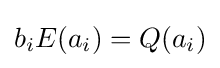
b_{i}E(a_{i})=Q(a_{i})